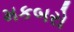
મકબરો